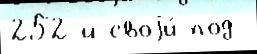
252-й своjи́ под